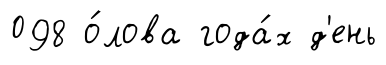
098 о́лова года́х д'ень